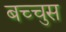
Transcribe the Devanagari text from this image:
बच्चुस